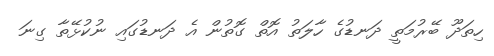
ހިތަދޫ ބޭރުމަތީ ދަނޑުގެ ހާލަތު އޮތް ގޮތުން އެ ދަނޑުގައި ނުކުޅޭތާ ގިނަ